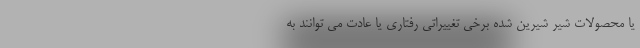
یا محصولات شیر شیرین شده برخی تغییراتی رفتاری یا عادت می توانند به